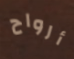
أرواح